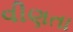
વીણતા